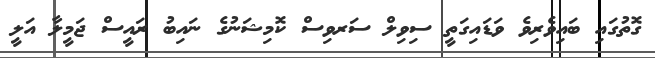
ގޮތުގައި ބައިވެރިވެ ވަޑައިގަތީ ސިވިލް ސަރވިސް ކޮމިޝަނުގެ ނައިބު ރައީސް ޖަމީލާ އަލީ